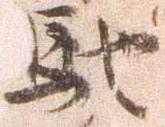
馳